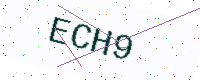
Text: ECH9